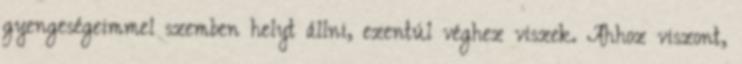
gyengeségeimmel szemben helyt állni, ezentúl véghez viszek. Ahhoz viszont,